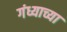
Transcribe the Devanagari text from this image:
गंध्याच्या